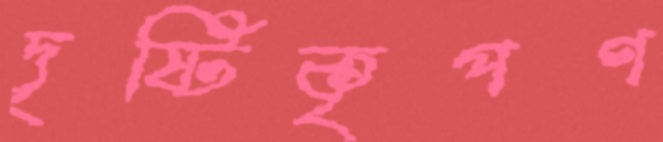
দৃষ্টিকৃপণ